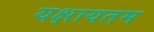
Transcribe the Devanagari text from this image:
यक्षायतम